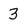
Character: 3